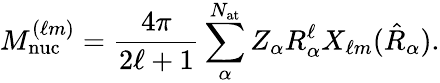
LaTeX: M_{\mathrm{nuc}}^{(\ell m)}=\frac{4\pi}{2\ell+1}\sum_{\alpha}^{N_{\mathrm{at}}}Z_{\alpha}R_{\alpha}^{\ell}X_{\ell m}(\hat{R}_{\alpha}).